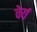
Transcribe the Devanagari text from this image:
वेर्य